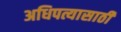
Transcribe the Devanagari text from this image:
अधिपत्यासाठी